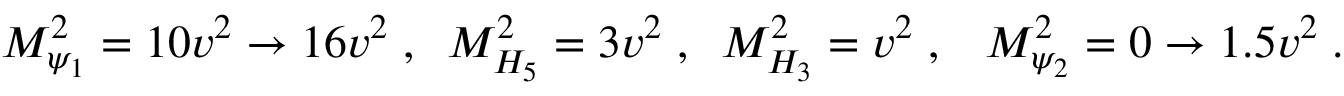
M _ { \psi _ { 1 } } ^ { 2 } = 1 0 v ^ { 2 } \to 1 6 v ^ { 2 } \; , \; \; M _ { H _ { 5 } } ^ { 2 } = 3 v ^ { 2 } \; , \; \; M _ { H _ { 3 } } ^ { 2 } = v ^ { 2 } \; , \; \; \; M _ { \psi _ { 2 } } ^ { 2 } = 0 \to 1 . 5 v ^ { 2 } \; .